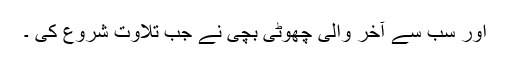
اور سب سے آخر والی چھوٹی بچی نے جب تلاوت شروع کی ۔